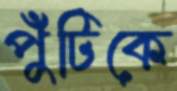
পুঁটিকে